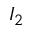
I _ { 2 }